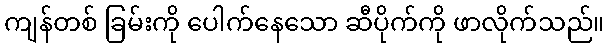
ကျန်တစ် ခြမ်းကို ပေါက်နေသော ဆီပိုက်ကို ဖာလိုက်သည်။